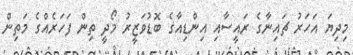
މިދިޔަ އަހަރު ޗައިނާގެ ރައީސާއި އިންޑިއާގެ ބޮޑުވަޒީރު މޯދީ ތިން ފަހަރެއްގެ މަތިން